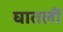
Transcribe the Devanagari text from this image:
घातलीं